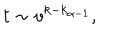
t \sim v ^ { k - k _ { \alpha - 1 } } ,